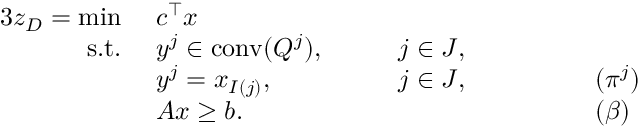
\begin{array} { r l r l r l } { { 3 } z _ { D } = \operatorname* { m i n } \ } & { c ^ { \top } x } \\ { \mathrm { s . t . ~ } } & { y ^ { j } \in \mathrm { c o n v } ( Q ^ { j } ) , \quad } & & { j \in J , } \\ & { y ^ { j } = x _ { I ( j ) } , } & & { j \in J , \quad } & & { \qquad ( \pi ^ { j } ) } \\ & { A x \geq b . } & & { } & & { \qquad ( \beta ) } \end{array}